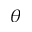
\theta